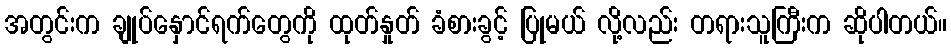
အတွင်းက ချုပ်နှောင်ရက်တွေကို ထုတ်နှုတ် ခံစားခွင့် ပြုမယ် လို့လည်း တရားသူကြီးက ဆိုပါတယ်။